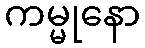
ကမ္မုနော